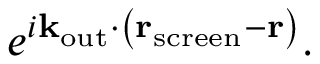
e ^ { i \mathbf { k } _ { \mathrm { o u t } } \cdot \left( \mathbf { r } _ { \mathrm { s c r e e n } } - \mathbf { r } \right) } .